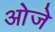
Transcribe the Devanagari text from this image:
ओजे